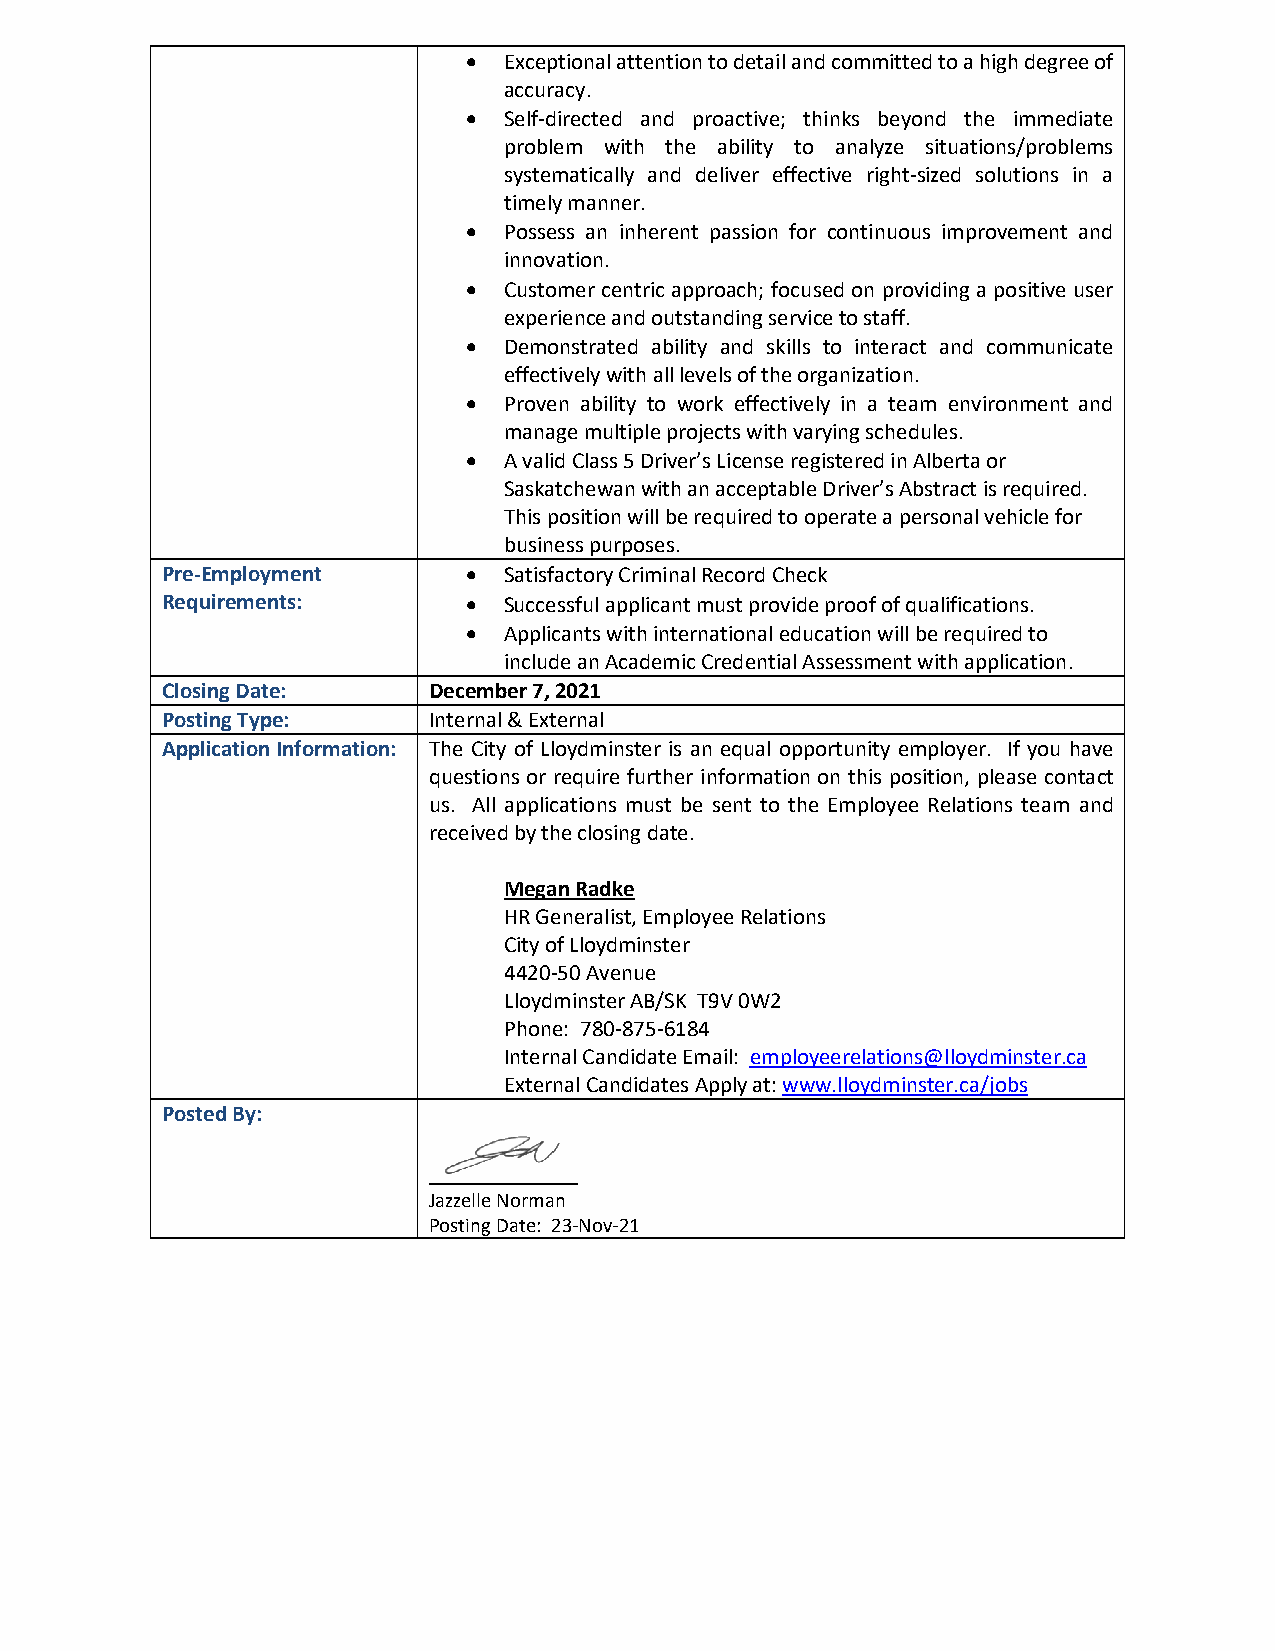
• Exceptional attention to detail and committed to a high degree of
 accuracy.
 • Self-directed and proactive; thinks beyond the immediate
 problem with the ability to analyze situations/problems
 systematically and deliver effective right-sized solutions in a
 timely manner.
 • Possess an inherent passion for continuous improvement and
 innovation.
 • Customer centric approach; focused on providing a positive user
 experience and outstanding service to staff.
 • Demonstrated ability and skills to interact and communicate
 effectively with all levels of the organization.
 • Proven ability to work effectively in a team environment and
 manage multiple projects with varying schedules.
 • A valid Class 5 Driver’s License registered in Alberta or
 Saskatchewan with an acceptable Driver’s Abstract is required.
 This position will be required to operate a personal vehicle for
 business purposes.
 Pre-Employment      • Satisfactory Criminal Record Check
 Requirements:       • Successful applicant must provide proof of qualifications.
 • Applicants with international education will be required to
 include an Academic Credential Assessment with application.
 Closing Date:    December 7, 2021
 Posting Type:    Internal & External
 Application Information: The City of Lloydminster is an equal opportunity employer. If you have
 questions or require further information on this position, please contact
 us. All applications must be sent to the Employee Relations team and
 received by the closing date.
 Megan Radke
 HR Generalist, Employee Relations
 City of Lloydminster
 4420-50 Avenue
 Lloydminster AB/SK T9V 0W2
 Phone: 780-875-6184
 Internal Candidate Email: employeerelations@lloydminster.ca
 External Candidates Apply at: www.lloydminster.ca/jobs
 Posted By:
 Jazzelle Norman
 Posting Date: 23-Nov-21